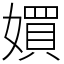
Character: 㜥